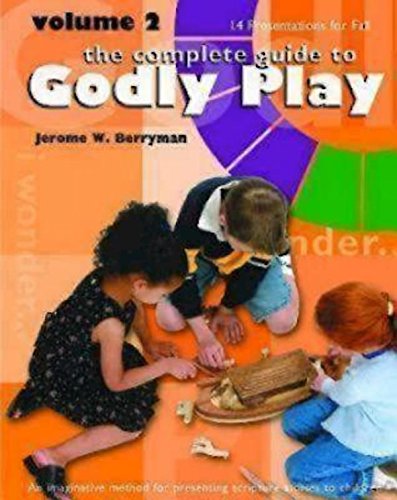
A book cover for Godly Play: 14 Core Presentations For Fall (The Complete Guide to; Jerome W. Berryman; Christian Books & Bibles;